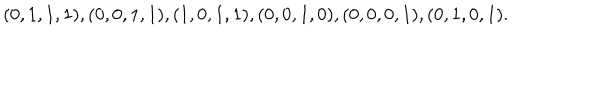
( 0 , 1 , 1 , 1 ) , ( 0 , 0 , 1 , 1 ) , ( 1 , 0 , 1 , 1 ) , ( 0 , 0 , 1 , 0 ) , ( 0 , 0 , 0 , 1 ) , ( 0 , 1 , 0 , 1 ) .